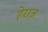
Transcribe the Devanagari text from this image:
हेराज़